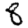
Digit: 8